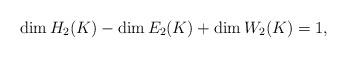
LaTeX: \begin{align*} \dim H_2(K)-\dim E_2(K)+\dim W_2(K) = 1,\end{align*}